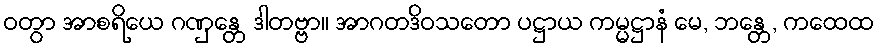
ဝတွာ အာစရိယေ ဂဏှန္တေ ဒါတဗ္ဗာ။ အာဂတဒိဝသတော ပဋ္ဌာယ ကမ္မဋ္ဌာနံ မေ, ဘန္တေ, ကထေထ